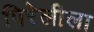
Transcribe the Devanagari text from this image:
पिरेलीला